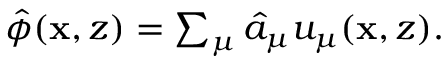
\begin{array} { r } { \hat { \phi } ( \mathbf { x } , z ) = \sum _ { \mu } \hat { a } _ { \mu } u _ { \mu } ( \mathbf { x } , z ) . } \end{array}